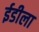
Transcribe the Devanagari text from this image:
ईडीला